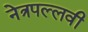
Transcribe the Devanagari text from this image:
नेत्रपल्लवी